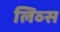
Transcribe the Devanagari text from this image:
लिव्स